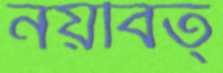
নয়বিত্